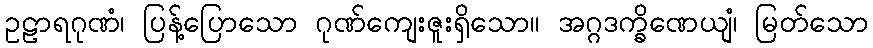
ဥဠာရဂုဏံ၊ ပြန့်ပြောသော ဂုဏ်ကျေးဇူးရှိသော။ အဂ္ဂဒက္ခိဏေယျံ၊ မြတ်သော